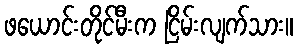
ဖယောင်းတိုင်မီးက ငြိမ်းလျက်သား။